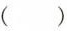
()